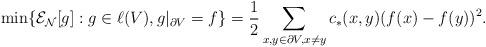
LaTeX: \begin{align*} \min \{\mathcal E_{\mathcal N}[g]: g \in \ell(V), g |_{\partial V}=f\} = \frac 12 \sum_{x,y \in \partial V, x \neq y} c_\ast(x,y)(f(x)-f(y))^2.\end{align*}